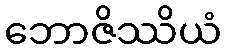
ဘောဇိဿိယံ